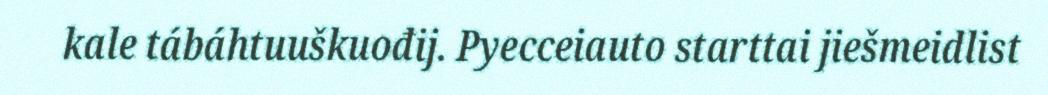
kale tábáhtuuškuođij. Pyecceiauto starttai jiešmeidlist